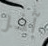
آخر